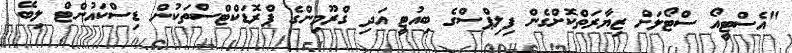
"އެސްޓީއޯ ސްޓޯލަށް ޒިޔާރަތްކޮށްގެން ފިލިޕްސްގެ ބިއުޓީ އަދި ގްރޫމިންގެ ޕްރޮޑަކްޓްސްތަކުން ޑިސްކައުންޓް ލިބޭ